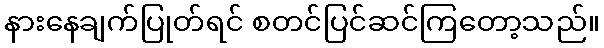
နားနေချက်ပြုတ်ရင် စတင်ပြင်ဆင်ကြတော့သည်။